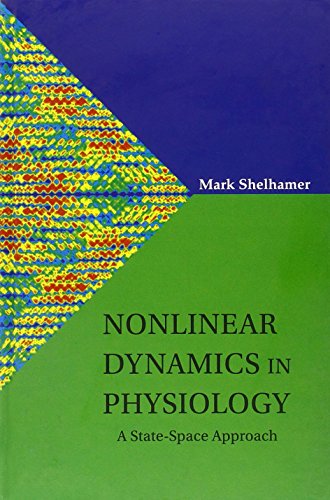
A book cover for Nonlinear Dynamics in Physiology: A State-space Approach; Mark Shelhamer; Medical Books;